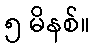
၅ မိနစ်။